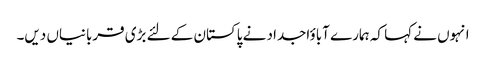
انہوں نے کہا کہ ہمارے آباؤاجداد نے پاکستان کے لئے بڑی قربانیاں دیں۔